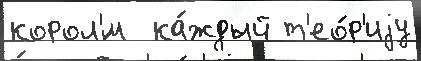
корол'́м  ка́ждый т'ео́р'иjу